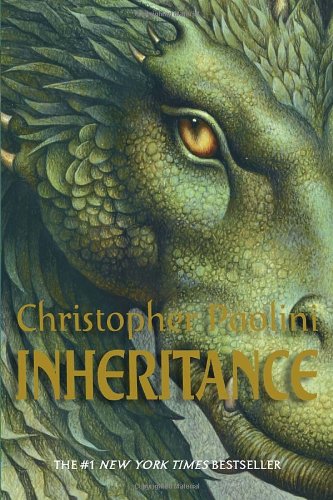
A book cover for Inheritance (The Inheritance Cycle); Christopher Paolini; Teen & Young Adult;